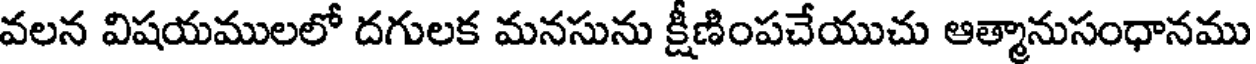
వలన విషయములలో దగులక మనసును క్షీణింపచేయుచు ఆత్మానుసంధానము